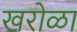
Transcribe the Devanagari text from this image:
खरोळा